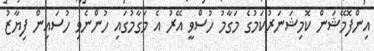
އިންފޮމޭޝަން ކޮމިޝަނަރުކަމުގެ މަގާމު ހުސްވީ އޭރު އެ މަގާމުގައި ހުންނެވި ހުސައިން ފިޔާޒު